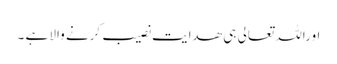
اوراللہ تعالی ہی ھدایت نصیب کرنے والا ہے ۔